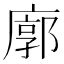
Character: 廓